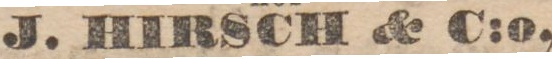
J. HIRSCH & C:o,